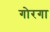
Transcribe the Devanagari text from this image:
गोरगा